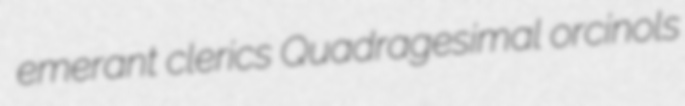
emerant clerics Quadragesimal orcinols